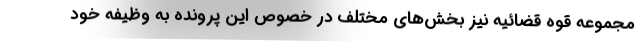
مجموعه قوه قضائیه نیز بخش‌های مختلف در خصوص این پرونده به وظیفه خود